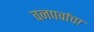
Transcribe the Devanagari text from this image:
वनपर्वाचा